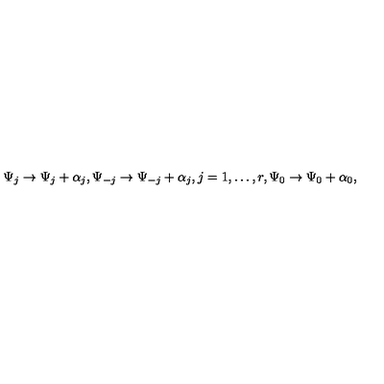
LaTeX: \Psi _ { j } \rightarrow \Psi _ { j } + \alpha _ { j } , \Psi _ { - j } \rightarrow \Psi _ { - j } + \alpha _ { j } , j = 1 , \ldots , r , \Psi _ { 0 } \rightarrow \Psi _ { 0 } + \alpha _ { 0 } ,